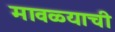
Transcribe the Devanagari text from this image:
मावळ्याची